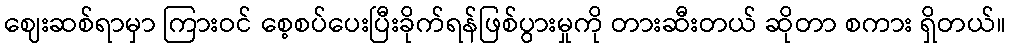
ဈေးဆစ်ရာမှာ ကြားဝင် စေ့စပ်ပေးပြီးခိုက်ရန်ဖြစ်ပွားမှုကို တားဆီးတယ် ဆိုတာ စကား ရှိတယ်။